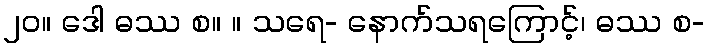
၂၀။ ဒေါ ဓဿ စ။ ။ သရေ- နောက်သရကြောင့်၊ ဓဿ စ-